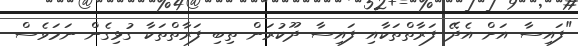
"ފައިސާ އަށް އެދޭ ފަރާތްތަކާއި ފައިސާ ދޫކުރަން ތިބި ފަރާތްތަކާ ގުޅިގެން ނަމަވެސް